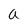
Character: a